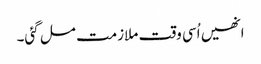
انھیں اُسی وقت ملازمت مل گئی۔